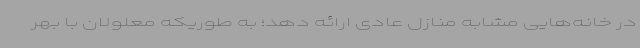
در خانه‌هایی مشابه منازل عادی ارائه دهد؛ به طوریکه معلولان با بهر